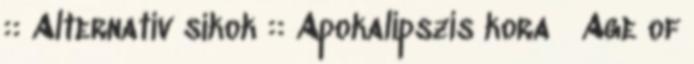
:: Alternatív síkok :: Apokalipszis kora Age of